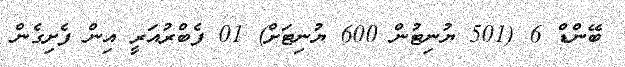
ބޭންޑް 6 (501 ޔުނިޓުން 600 ޔުނިޓަށް) 01 ފެބްރުއަރީ އިން ފެށިގެން